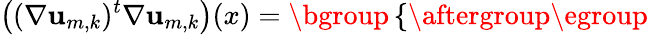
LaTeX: \bigl((\nabla\mathbf{u}_{m,k})^{t}\nabla\mathbf{u}_{m,k}\bigr)(x)=\mathopen{}\mathclose\bgroup\left\{ \begin{array}{rlrl}\end{array}\aftergroup\egroup\right.